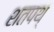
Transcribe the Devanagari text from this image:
शतपथ्